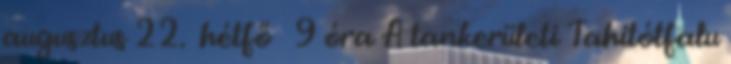
augusztus 22. hétfő 9 óra A tankerületi Tahitótfalu